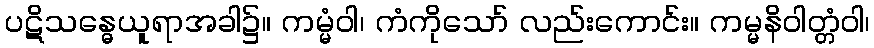
ပဋိသန္ဓေယူရာအခါ၌။ ကမ္မံဝါ၊ ကံကိုသော် လည်းကောင်း။ ကမ္မနိဝါတ္တံဝါ၊